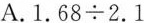
A.$$1.68\div2.1$$